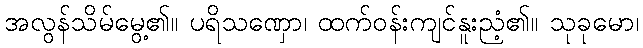
အလွန်သိမ်မွေ့၏။ ပရိသဏှော၊ ထက်ဝန်းကျင်နူးညံ့၏။ သုခုမော၊